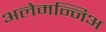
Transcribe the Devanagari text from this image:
अलेमन्निअ